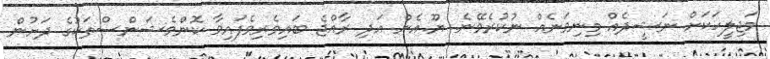
މަޖިލީހަކަށް ނަޝީދެއް މިނިވަނެއް ނުކުރެވޭނެ. ޔޫ.އެން އަދި ރާއްޖެ ބައިވެރިވެފައިވާ ކޮންވެޝަންސްތަކުގެ ދަށުން